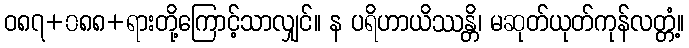
ဝ၈၇+၀၈၈+ရားတို့ကြောင့်သာလျှင်။ န ပရိဟာယိဿန္တိ၊ မဆုတ်ယုတ်ကုန်လတ္တံ့။